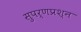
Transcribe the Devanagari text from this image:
सुपर्णप्रश्न